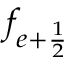
f _ { { e + \frac { 1 } { 2 } } }